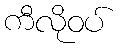
ကီလိုဝပ်